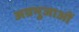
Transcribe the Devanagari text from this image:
अग्रभुजाओं